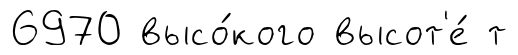
6970 высо́кого высот'е́ т